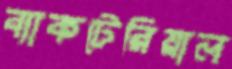
ব্যাকটেরিয়াল